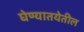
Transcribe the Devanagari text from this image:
घेण्यातयेतील